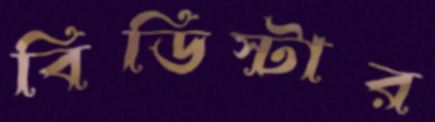
বিডিস্টার